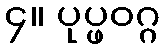
၄။ ပုပ္ဖဝဂ္ဂ